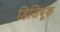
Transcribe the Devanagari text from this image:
डिजिबूक